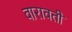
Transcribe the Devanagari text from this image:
वारावती